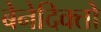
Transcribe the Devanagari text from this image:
बेनेदिक्तो